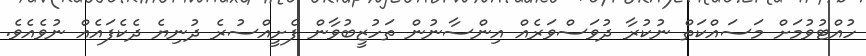
ހުއްޓުވުމަށް މަސައްކަތް ނުކުރާ ދުވަސްވަރެއް އިންސާނުން ތަހުޒީބުވާން ފެށީއްސުރެ ދުނިޔެ ދެކެފައެއް ނުވެއެވެ.